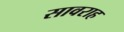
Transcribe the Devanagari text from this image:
सावराह